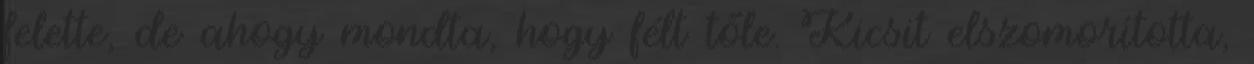
felette, de ahogy mondta, hogy félt tőle. Kicsit elszomorította,